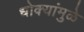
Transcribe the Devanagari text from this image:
धोक्यांमुळे